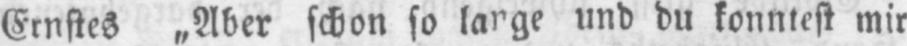
und du konntest mir